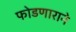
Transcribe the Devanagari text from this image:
फोडणाराने